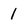
Character: 1